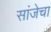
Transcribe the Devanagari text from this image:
सांजेचा